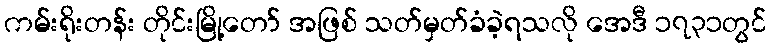
ကမ်းရိုးတန်း တိုင်းမြို့တော် အဖြစ် သတ်မှတ်ခံခဲ့ရသလို အေဒီ ၁၇၃၁တွင်